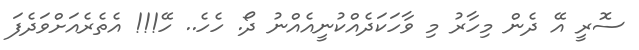
ސޮރީ އޭ ދެން މިހާރު މި ވާހަކަދެއްކުނީއެއްނު ދޯ. ހެހެ.. ހޭ!!! އެތެރެއަށްވަދެފަ